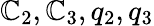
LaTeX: \mathbb{C}_{2},\mathbb{C}_{3},q_{2},q_{3}